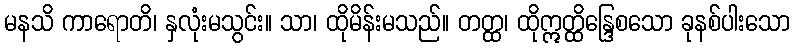
မနသိ ကာရောတိ၊ နှလုံးမသွင်း။ သာ၊ ထိုမိန်းမသည်။ တတ္ထ၊ ထိုဣတ္ထိန္ဒြေစသော ခုနစ်ပါးသော